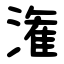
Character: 潅